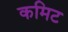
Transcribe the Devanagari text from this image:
कमिट